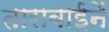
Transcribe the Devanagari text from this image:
ताराबाईनें